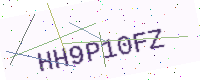
Text: HH9P10FZ